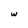
Character: w